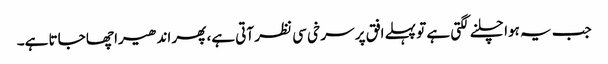
جب یہ ہوا چلنے لگتی ہے تو پہلے افق پر سر خی سی نظر آتی ہے، پھر اندھیرا چھا جاتا ہے۔